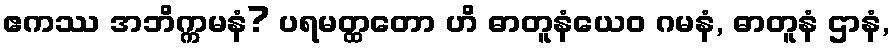
ဧကဿ အဘိက္ကမနံ? ပရမတ္ထတော ဟိ ဓာတူနံယေဝ ဂမနံ, ဓာတူနံ ဌာနံ,